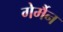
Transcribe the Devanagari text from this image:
गेर्मैन